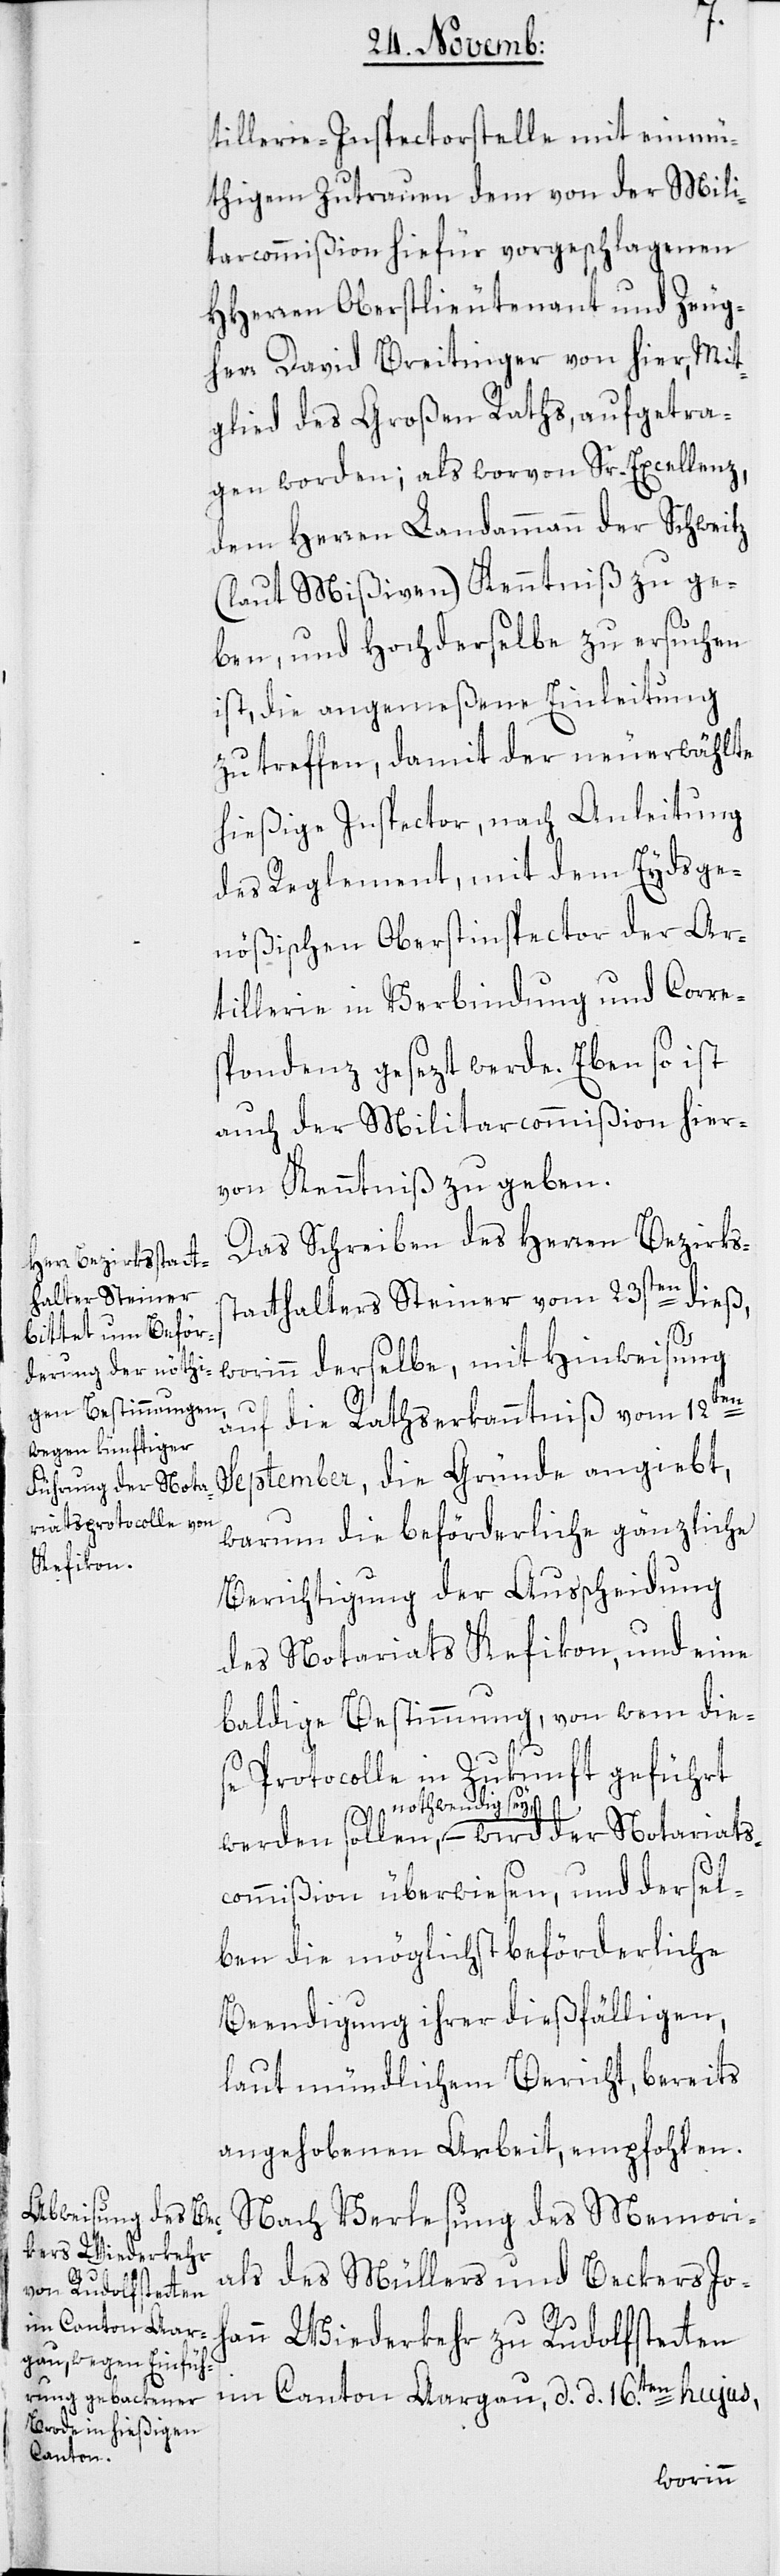
tillerie-Inspectorstelle mit einmü¬
thigem Zutrauen dem von der Mili¬
tarcommißion hiefür vorgeschlagenen
HHerren Oberstlieutenant und Zeug¬
herr David Breitinger von hier, Mit¬
glied des Großen Raths, aufgetra¬
gen worden; als worvon Sr. Excellenz,
dem Herren Landammann der Schweitz
(laut Mißiven) Kenntniß zu ge¬
ben, und Hochderselbe zu ersuchen
ist, die angemeßene Einleitung
zu treffen, damit der neuerwählte
hießige Inspector, nach Anleitung
des Reglement, mit dem Eydsge¬
nößischen Oberinspector der Ar¬
tillerie in Verbindung und Corre¬
spondenz gesezt werde. Eben so ist
auch der Militarcommißion hier¬
von Kenntniß zu geben.
Das Schreiben des Herren Bezirks¬
statthalter Steiner vom 23sten dieß,
worinn derselbe, mit Hinweisung
auf die Rathserkanntniß vom 12ten
September, die Gründe angiebt,
warum die beförderliche gänzliche
Berichtigung der Ausscheidung
des Notariats Kefikon, und eine
baldige Bestimmung, von wem die¬
se Protocolle in Zukunft geführt
nothwendig sey, – w¬
ts¬
commißion überwiesen, und dersel¬
ben die möglichst beförderliche
Beendigung ihrer dießfälligen,
laut mündlichem Bericht, bereits
angehobenen Arbeit, empfohlen.
Nach Verlesung des Memori¬
als des Müllers und Beckers Joha¬
nn Wiederkehr zu Rudolfstetten
im Canton Aargau, d. d. 16ten hujus,
Notaria¬